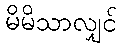
မိမိသာလျှင်